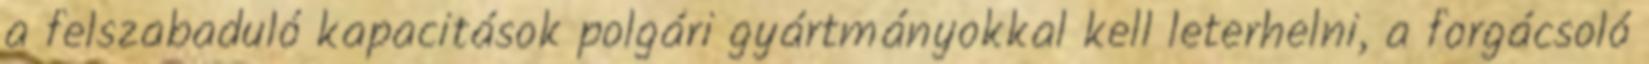
a felszabaduló kapacitások polgári gyártmányokkal kell leterhelni, a forgácsoló